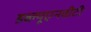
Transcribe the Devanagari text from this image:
डब्ल्यूएनवीटी